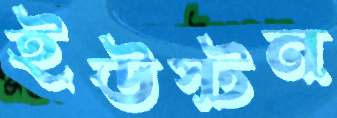
ইউস্টন